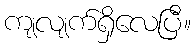
ကျလျက်ရှိလေပြီ။